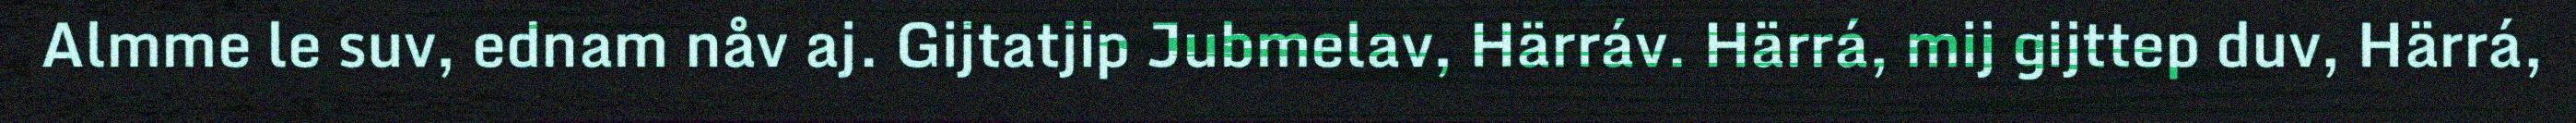
Almme le suv, ednam nåv aj. Gijtatjip Jubmelav, Härráv. Härrá, mij gijttep duv, Härrá,